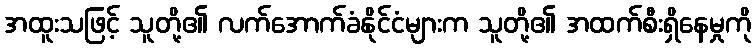
အထူးသဖြင့် သူတို့၏ လက်အောက်ခံနိုင်ငံများက သူတို့၏ အထက်စီးရှိနေမှုကို